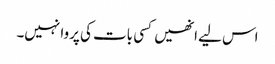
اس لیے انھیں کسی بات کی پروا نہیں۔